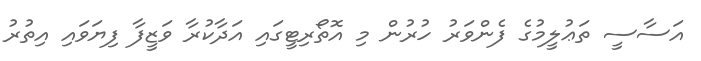
އަސާސީ ތަޢުލީމުގެ ފެންވަރު ހުރުން މި އޮތޯރިޓީގައި އަދާކުރާ ވަޒީފާ ފިޔަވައި އިތުރު